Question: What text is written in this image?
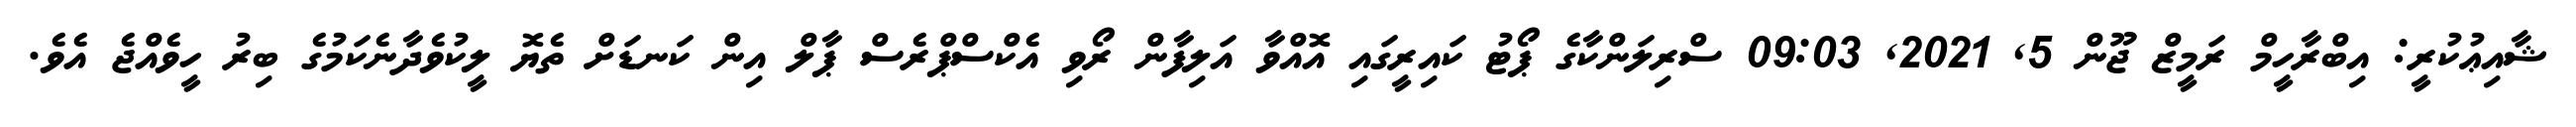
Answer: ޝާއިޢުކުރީ: އިބްރާހީމް ރަމީޒް ޖޫން 5, 2021, 09:03 ސްރިލަންކާގެ ޕޯޓު ކައިރީގައި އޮއްވާ އަލިފާން ރޯވި އެކްސްޕްރެސް ޕާލް އިން ކަނޑަށް ތެޔޮ ލީކުވެދާނެކަމުގެ ބިރު ހީވެއްޖެ އެވެ.